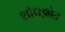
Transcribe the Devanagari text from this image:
शोधझोत